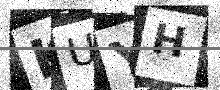
Text: KUYH